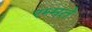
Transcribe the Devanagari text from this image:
रम्मते